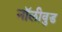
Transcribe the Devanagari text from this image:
नॉलीवुड